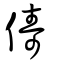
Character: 儔